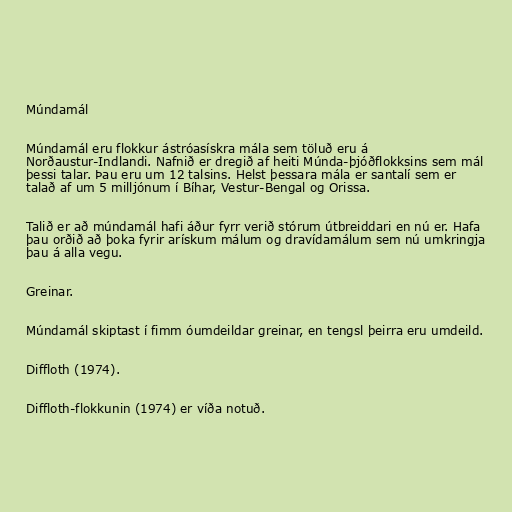
Múndamál

Múndamál eru flokkur ástróasískra mála sem töluð eru á
Norðaustur-Indlandi. Nafnið er dregið af heiti Múnda-þjóðflokksins sem mál
þessi talar. Þau eru um 12 talsins. Helst þessara mála er santalí sem er
talað af um 5 milljónum í Bíhar, Vestur-Bengal og Orissa.

Talið er að múndamál hafi áður fyrr verið stórum útbreiddari en nú er. Hafa
þau orðið að þoka fyrir arískum málum og dravídamálum sem nú umkringja
þau á alla vegu.

Greinar.

Múndamál skiptast í fimm óumdeildar greinar, en tengsl þeirra eru umdeild.

Diffloth (1974).

Diffloth-flokkunin (1974) er víða notuð.